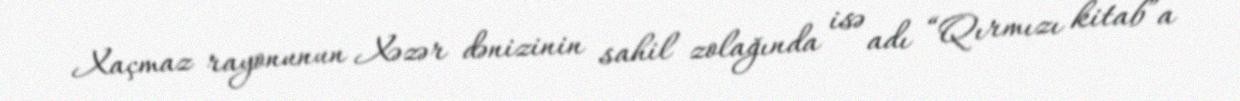
Xaçmaz rayonunun Xəzər dənizinin sahil zolağında isə adı “Qırmızı kitab”a